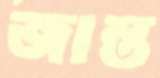
জান্ত